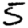
Digit: 5